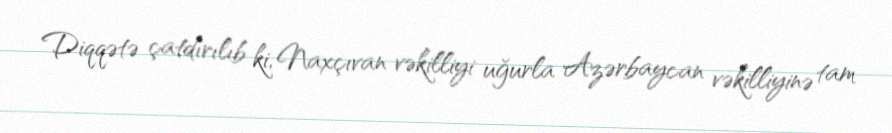
Diqqətə çatdırılıb ki, Naxçıvan vəkilliyi uğurla Azərbaycan vəkilliyinə tam